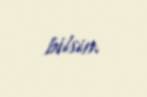
bilsin.